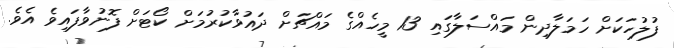
ފުލުހަކަށް ހަމަލާދިން މައްސަލާގައި 13 މީހެއްގެ މައްޗަށް ދައުވާކުރުމަށް ކޯޓަށް ފޮނުވާފައިވެ އެވެ.